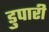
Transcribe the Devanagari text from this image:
डुपारी